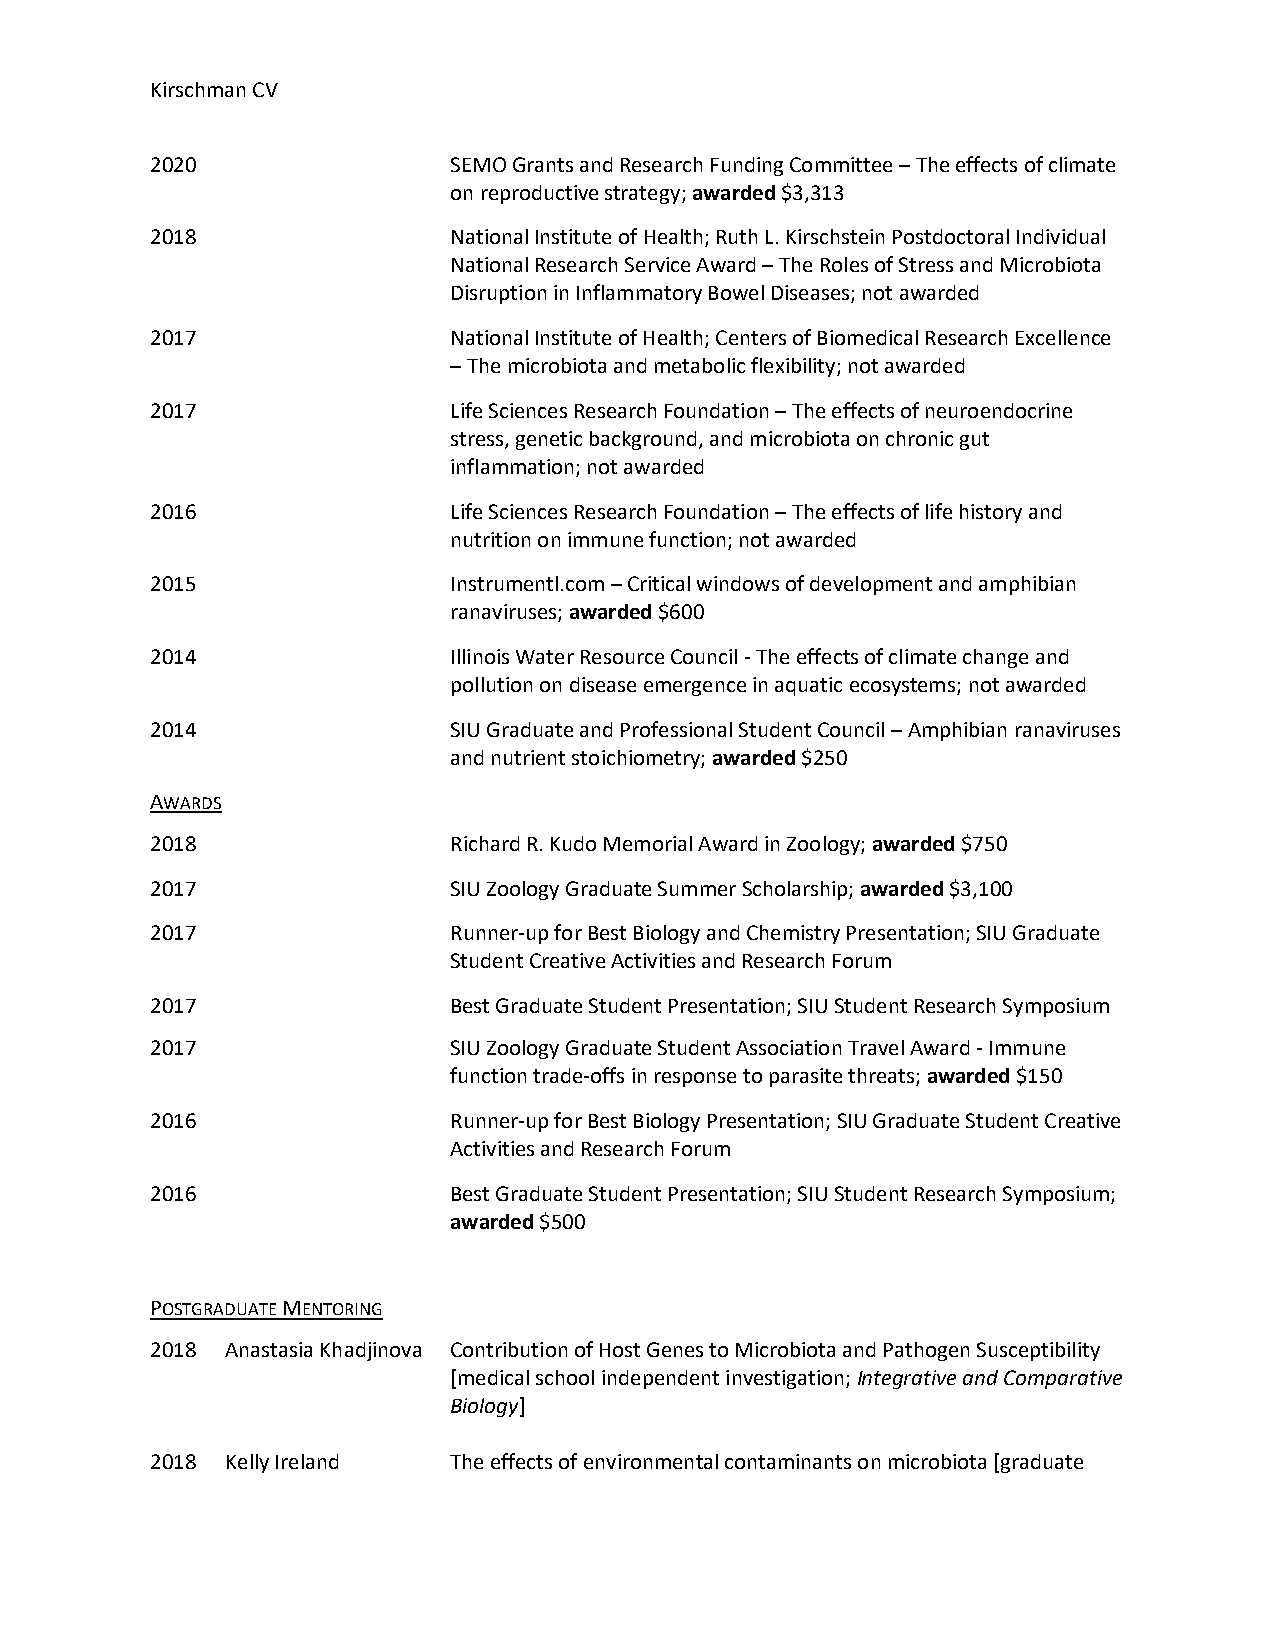
Kirschman CV
 2020                SEMO Grants and Research Funding Committee – The effects of climate
 on reproductive strategy; awarded $3,313
 2018                National Institute of Health; Ruth L. Kirschstein Postdoctoral Individual
 National Research Service Award – The Roles of Stress and Microbiota
 Disruption in Inflammatory Bowel Diseases; not awarded
 2017                National Institute of Health; Centers of Biomedical Research Excellence
 – The microbiota and metabolic flexibility; not awarded
 2017                Life Sciences Research Foundation – The effects of neuroendocrine
 stress, genetic background, and microbiota on chronic gut
 inflammation; not awarded
 2016                Life Sciences Research Foundation – The effects of life history and
 nutrition on immune function; not awarded
 2015                Instrumentl.com – Critical windows of development and amphibian
 ranaviruses; awarded $600
 2014                Illinois Water Resource Council - The effects of climate change and
 pollution on disease emergence in aquatic ecosystems; not awarded
 2014                SIU Graduate and Professional Student Council – Amphibian ranaviruses
 and nutrient stoichiometry; awarded $250
 AWARDS
 2018                Richard R. Kudo Memorial Award in Zoology; awarded $750
 2017                SIU Zoology Graduate Summer Scholarship; awarded $3,100
 2017                Runner-up for Best Biology and Chemistry Presentation; SIU Graduate
 Student Creative Activities and Research Forum
 2017                Best Graduate Student Presentation; SIU Student Research Symposium
 2017                SIU Zoology Graduate Student Association Travel Award - Immune
 function trade-offs in response to parasite threats; awarded $150
 2016                Runner-up for Best Biology Presentation; SIU Graduate Student Creative
 Activities and Research Forum
 2016                Best Graduate Student Presentation; SIU Student Research Symposium;
 awarded $500
 POSTGRADUATE MENTORING
 2018 Anastasia Khadjinova Contribution of Host Genes to Microbiota and Pathogen Susceptibility
 [medical school independent investigation; Integrative and Comparative
 Biology]
 2018 Kelly Ireland  The effects of environmental contaminants on microbiota [graduate